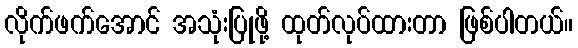
လိုက်ဖက်အောင် အသုံးပြုဖို့ ထုတ်လုပ်ထားတာ ဖြစ်ပါတယ်။